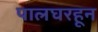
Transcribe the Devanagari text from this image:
पालघरहून